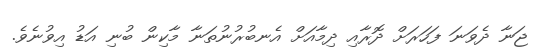
ޖަނާ ދެވަނަ ފަހަރަށް ދޮރާއި ދިމާއަށް އެނބުރުނުތަނާ މާކިން ބުނި އަޑު އިވުނެވެ.